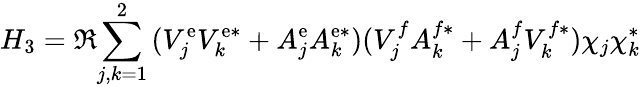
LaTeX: H_{3}=\Re{\sum_{j,k=1}^{2}{(V_{j}^{\mathrm{e}}V_{k}^{\mathrm{e}*}+A_{j}^{\mathrm{e}}A_{k}^{\mathrm{e}*})(V_{j}^{f}A_{k}^{f*}+A_{j}^{f}V_{k}^{f*})\chi_{j}\chi_{k}^{*}}}